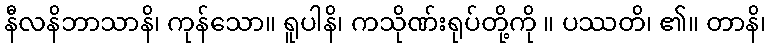
နီလနိဘာသာနိ၊ ကုန်သော။ ရူပါနိ၊ ကသိုဏ်းရုပ်တို့ကို ။ ပဿတိ၊ ၏။ တာနိ၊